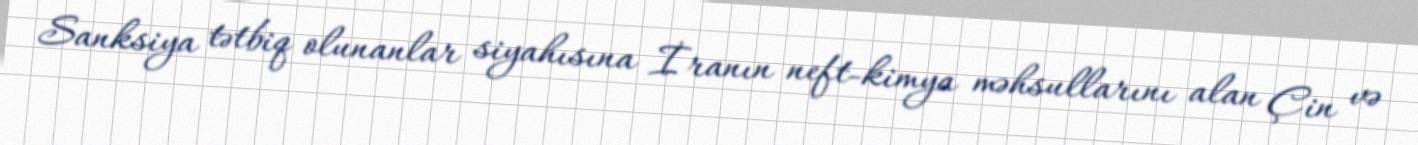
Sanksiya tətbiq olunanlar siyahısına İranın neft-kimya məhsullarını alan Çin və